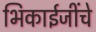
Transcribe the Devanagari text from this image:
भिकाईजींचे